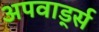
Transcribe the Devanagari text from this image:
अपवार्ड्स